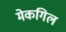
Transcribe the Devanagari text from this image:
मेकगिल